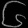
Digit: ၆